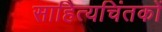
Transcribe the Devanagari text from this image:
साहित्यचिंतकों